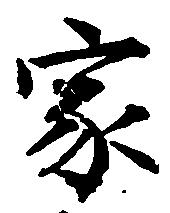
家